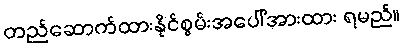
တည်ဆောက်ထားနိုင်စွမ်းအပေါ်အားထား ရမည်။